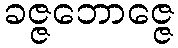
ခဇ္ဇဘောဇ္ဇေ